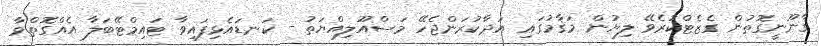
ޤާނޫނީގޮތުން ގެޒެޓްކުރެވޭ ލިޔުން މަޤާމުގައި އަދާކުރަންޖެހޭ މަސްއޫލިއްޔަތު - ކަނޑައެޅިފައިވާ ޓައިމްޓޭބަލާ އެއްގޮތްވާ